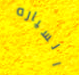
السياره